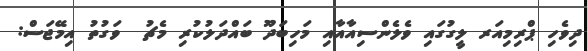
ދިވެހި ޕްރިމިއަރ ލީގުގައި ވެލެންސިއާއާއި މަހިބަދޫ ބައްދަލުކުރި މެޗު  ވަގުތު އިމޭޖަސް: